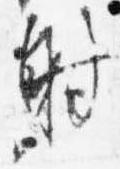
射